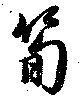
筍